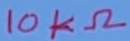
Text: 10KΩ